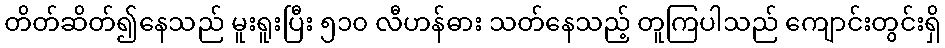
တိတ်ဆိတ်၍နေသည် မူးရူးပြီး ၅၁၀ လီဟန်ဓား သတ်နေသည့် တူကြပါသည် ကျောင်းတွင်းရှိ